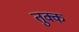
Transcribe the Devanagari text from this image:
तुक्क